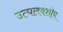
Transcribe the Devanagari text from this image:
उत्पलवंशीय